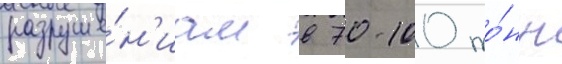
разруше́н'иам в 70-100 то́нн